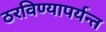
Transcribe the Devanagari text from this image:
ठरविण्यापर्यन्त